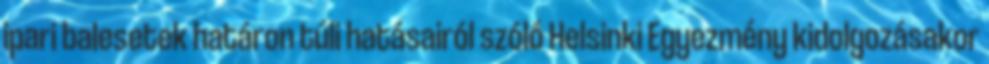
ipari balesetek határon túli hatásairól szóló Helsinki Egyezmény kidolgozásakor